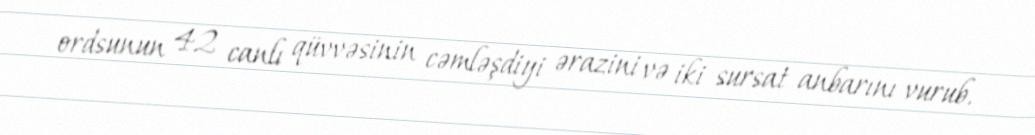
ordsunun 42 canlı qüvvəsinin cəmləşdiyi ərazini və iki sursat anbarını vurub.